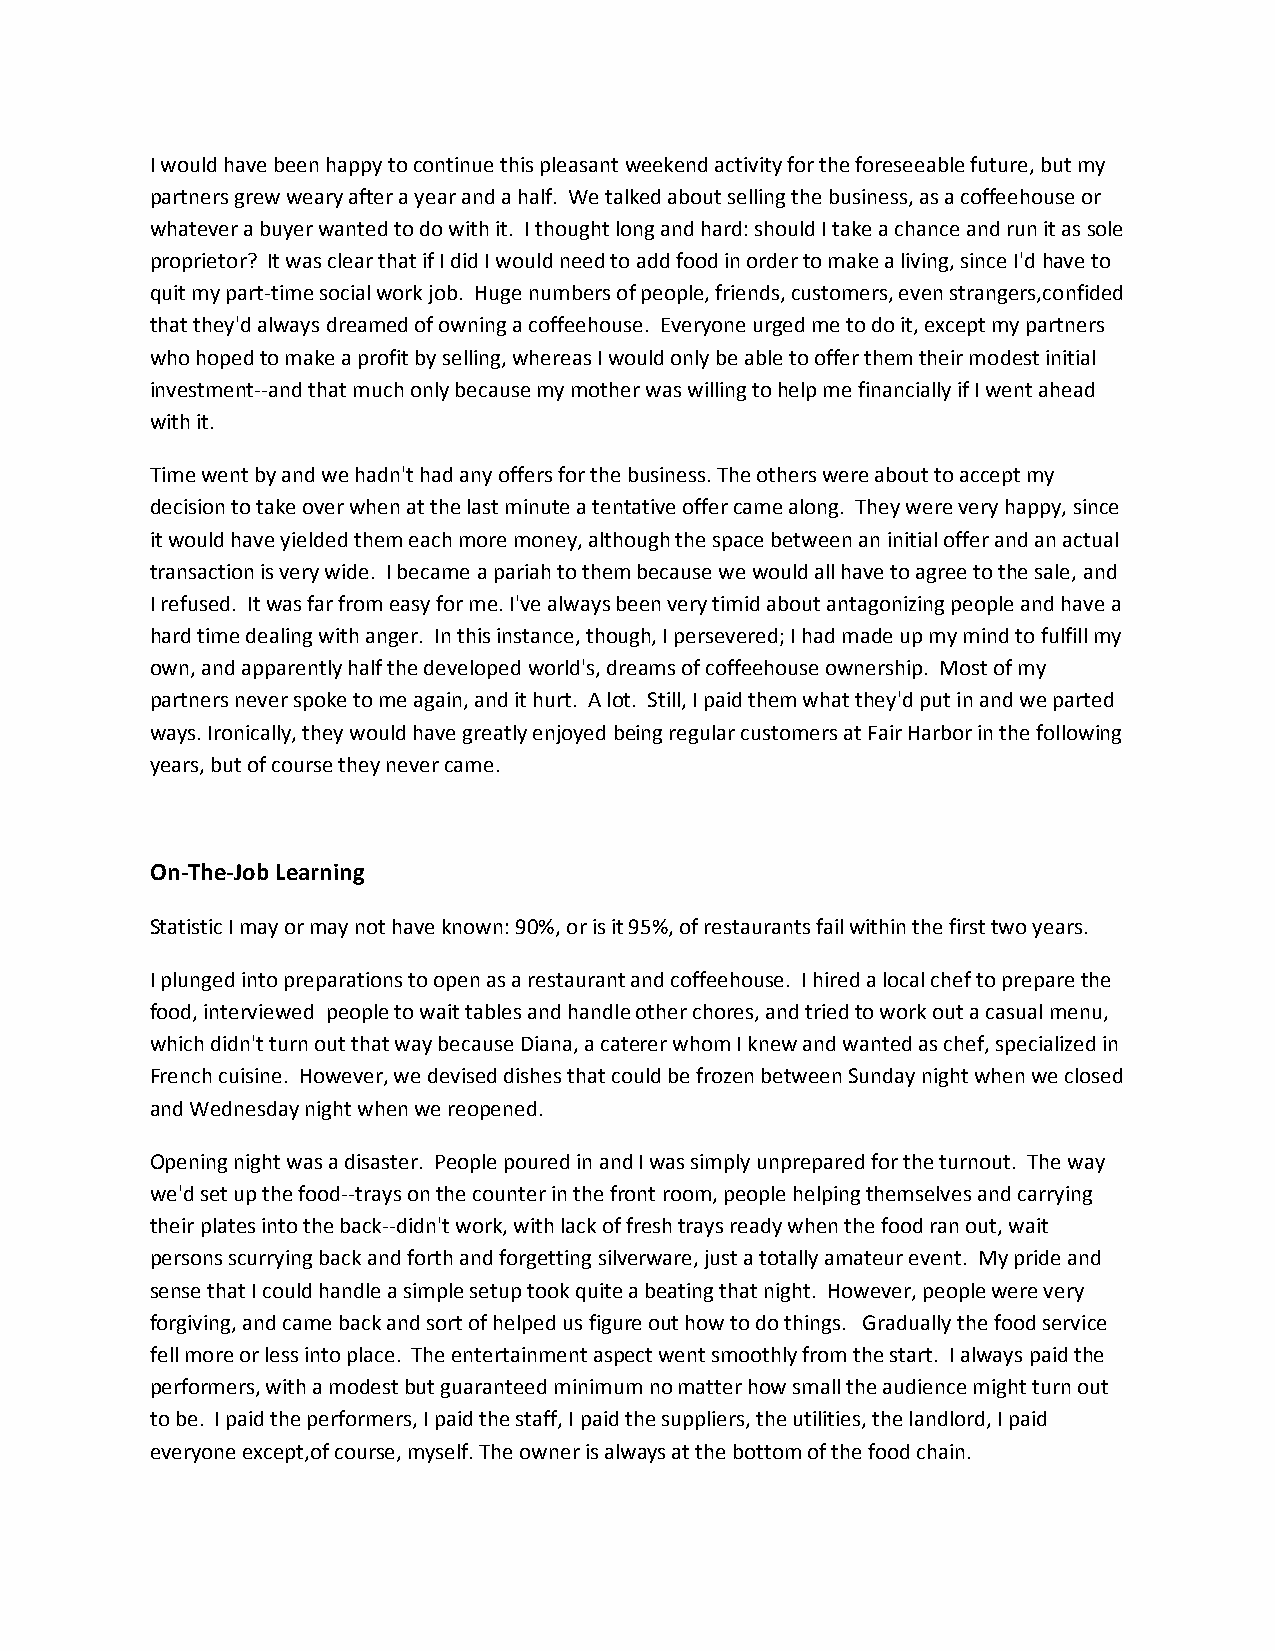
I would have been happy to continue this pleasant weekend activity for the foreseeable future, but my
 partners grew weary after a year and a half. We talked about selling the business, as a coffeehouse or
 whatever a buyer wanted to do with it. I thought long and hard: should I take a chance and run it as sole
 proprietor? It was clear that if I did I would need to add food in order to make a living, since I'd have to
 quit my part-time social work job. Huge numbers of people, friends, customers, even strangers,confided
 that they'd always dreamed of owning a coffeehouse. Everyone urged me to do it, except my partners
 who hoped to make a profit by selling, whereas I would only be able to offer them their modest initial
 investment--and that much only because my mother was willing to help me financially if I went ahead
 with it.
 Time went by and we hadn't had any offers for the business. The others were about to accept my
 decision to take over when at the last minute a tentative offer came along. They were very happy, since
 it would have yielded them each more money, although the space between an initial offer and an actual
 transaction is very wide. I became a pariah to them because we would all have to agree to the sale, and
 I refused. It was far from easy for me. I've always been very timid about antagonizing people and have a
 hard time dealing with anger. In this instance, though, I persevered; I had made up my mind to fulfill my
 own, and apparently half the developed world's, dreams of coffeehouse ownership. Most of my
 partners never spoke to me again, and it hurt. A lot. Still, I paid them what they'd put in and we parted
 ways. Ironically, they would have greatly enjoyed being regular customers at Fair Harbor in the following
 years, but of course they never came.
 On-The-Job Learning
 Statistic I may or may not have known: 90%, or is it 95%, of restaurants fail within the first two years.
 I plunged into preparations to open as a restaurant and coffeehouse. I hired a local chef to prepare the
 food, interviewed people to wait tables and handle other chores, and tried to work out a casual menu,
 which didn't turn out that way because Diana, a caterer whom I knew and wanted as chef, specialized in
 French cuisine. However, we devised dishes that could be frozen between Sunday night when we closed
 and Wednesday night when we reopened.
 Opening night was a disaster. People poured in and I was simply unprepared for the turnout. The way
 we'd set up the food--trays on the counter in the front room, people helping themselves and carrying
 their plates into the back--didn't work, with lack of fresh trays ready when the food ran out, wait
 persons scurrying back and forth and forgetting silverware, just a totally amateur event. My pride and
 sense that I could handle a simple setup took quite a beating that night. However, people were very
 forgiving, and came back and sort of helped us figure out how to do things. Gradually the food service
 fell more or less into place. The entertainment aspect went smoothly from the start. I always paid the
 performers, with a modest but guaranteed minimum no matter how small the audience might turn out
 to be. I paid the performers, I paid the staff, I paid the suppliers, the utilities, the landlord, I paid
 everyone except,of course, myself. The owner is always at the bottom of the food chain.